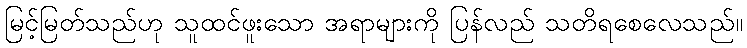
မြင့်မြတ်သည်ဟု သူထင်ဖူးသော အရာများကို ပြန်လည် သတိရစေလေသည်။